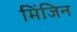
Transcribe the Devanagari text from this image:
मिंजिन